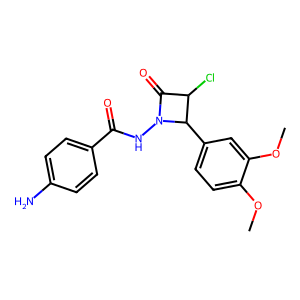
SMILES: COc1ccc(C2C(Cl)C(=O)N2NC(=O)c2ccc(N)cc2)cc1OC
Inhibits HIV replication: No